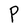
Character: P